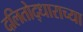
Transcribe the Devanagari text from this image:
दलितोद्धाराच्या